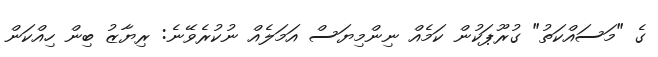
ގެ "މަސައްކަތު" ގުރޫޕަކުން ކަމެއް ނިންމިޔަސް އަމަލެއް ނުކުރެވޭނެ: ރިޔާޒު ބިން ހިއްކަން